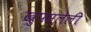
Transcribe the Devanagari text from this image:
खुपसलेली